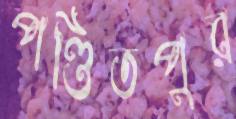
পণ্ডিতপুর